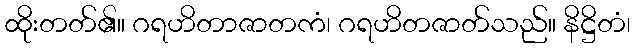
ထိုးတတ်၏။ ဂရဟိတာဇာတကံ၊ ဂရဟိတဇာတ်သည်။ နိဋ္ဌိတံ၊